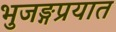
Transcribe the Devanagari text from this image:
भुजङ्गप्रयात